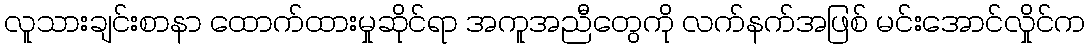
လူသားချင်းစာနာ ထောက်ထားမှုဆိုင်ရာ အကူအညီတွေကို လက်နက်အဖြစ် မင်းအောင်လှိုင်က